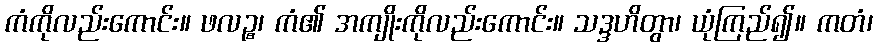
ကံကိုလည်းကောင်း။ ဖလဉ္စ၊ ကံ၏ အကျိုးကိုလည်းကောင်း။ သဒ္ဒဟိတွာ၊ ယုံကြည်၍။ ကတံ၊